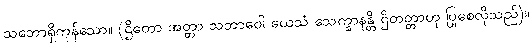
သဘောရှိကုန်သော။ (ဌိတော အတ္တာ သဘာဝေါ ယေသံ သေက္ခာနန္တိ ဌိတတ္တာဟု ပြုစေလိုသည်)။